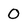
Character: 0